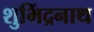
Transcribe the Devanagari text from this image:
शुभिंद्रनाथ